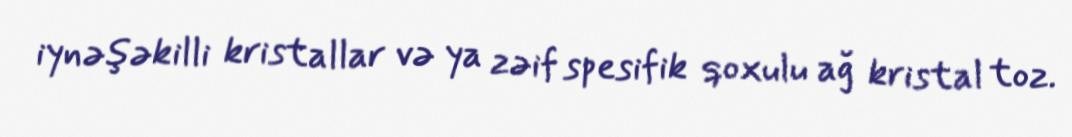
iynəşəkilli kristallar və ya zəif spesifik qoxulu ağ kristal toz.